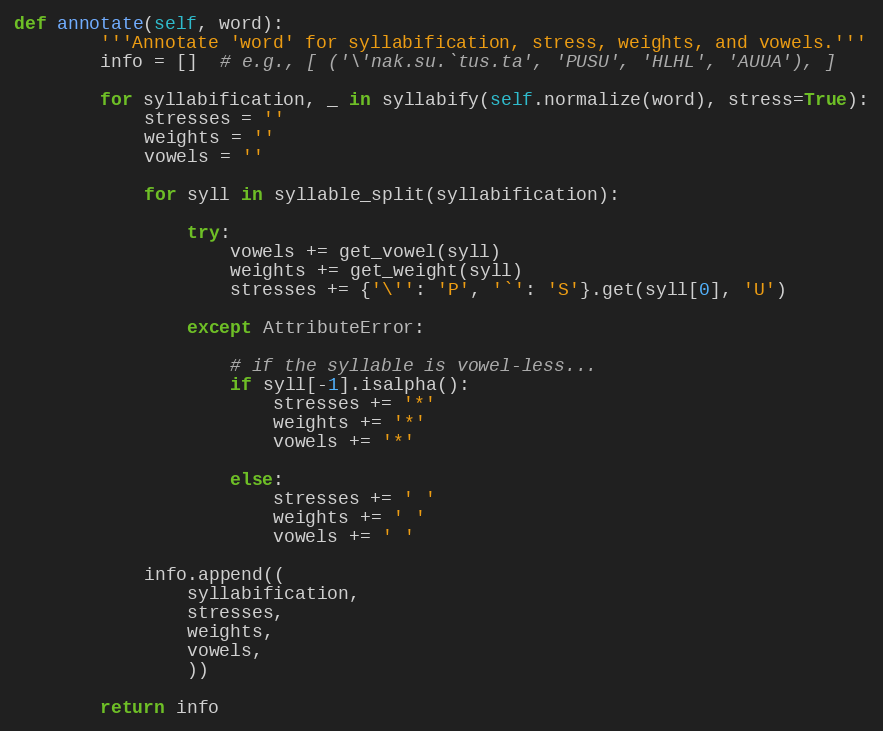
Language: Python
def annotate(self, word):
        '''Annotate 'word' for syllabification, stress, weights, and vowels.'''
        info = []  # e.g., [ ('\'nak.su.`tus.ta', 'PUSU', 'HLHL', 'AUUA'), ]

        for syllabification, _ in syllabify(self.normalize(word), stress=True):
            stresses = ''
            weights = ''
            vowels = ''

            for syll in syllable_split(syllabification):

                try:
                    vowels += get_vowel(syll)
                    weights += get_weight(syll)
                    stresses += {'\'': 'P', '`': 'S'}.get(syll[0], 'U')

                except AttributeError:

                    # if the syllable is vowel-less...
                    if syll[-1].isalpha():
                        stresses += '*'
                        weights += '*'
                        vowels += '*'

                    else:
                        stresses += ' '
                        weights += ' '
                        vowels += ' '

            info.append((
                syllabification,
                stresses,
                weights,
                vowels,
                ))

        return info